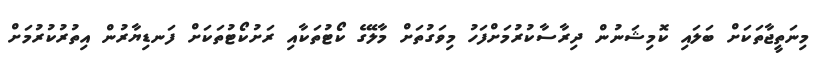
މިނަތީޖާތަކަށް ބަލައި ކޮމިޝަނުން ދިރާސާކުރުމަށްފަހު މިވަގުތަށް މާލޭގެ ކޯޓުތަކާއި ރަށުކޯޓުތަކަށް ފަނޑިޔާރުން އިތުރުކުރުމަށް